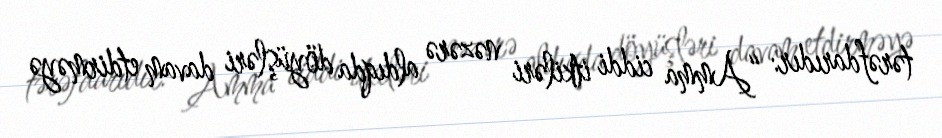
tərəfdarıdır: “Amma ciddi itkiləri nəzərə aldıqda döyüşləri davam etdirməyə